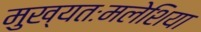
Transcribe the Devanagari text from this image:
मुख्यतःमलेशिया